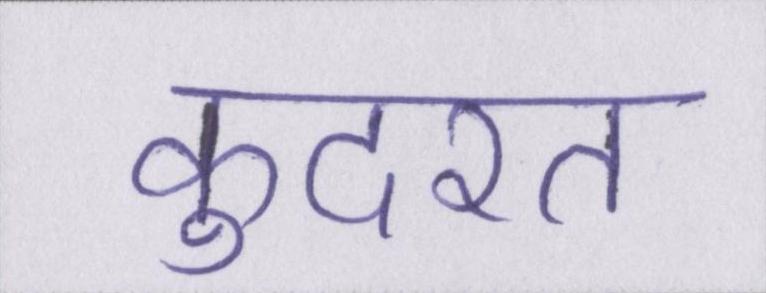
कुदरत